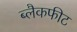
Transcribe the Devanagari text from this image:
ब्लैकफीट